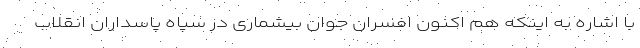
با اشاره به اینکه هم اکنون افسران جوان بیشماری در سپاه پاسداران انقلاب